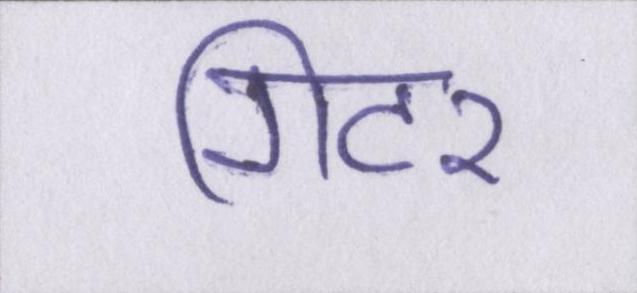
गिटर